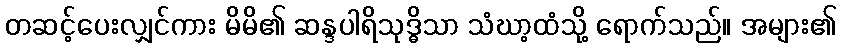
တဆင့်ပေးလျှင်ကား မိမိ၏ ဆန္ဒပါရိသုဒ္ဓိသာ သံဃာ့ထံသို့ ရောက်သည်။ အများ၏